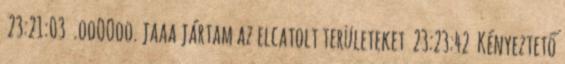
23:21:03 .ooOOoo. jaaa jártam az elcatolt területeket 23:23:42 Kényeztető